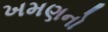
ખમણનો